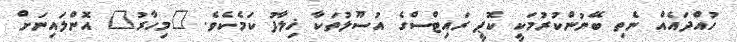
ހުއްދައެއް ނެތި ބޭނުންކުރުމަކީ ކޮޕީ ރައިޓްސްގެ އުސޫލުތަކާ ޚިލާފު ކަމެކެވެ. "މިހާރު" އޮންލައިނަށް